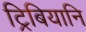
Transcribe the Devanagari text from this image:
ट्रिबियानि